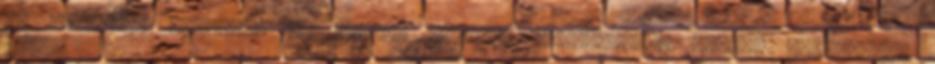
az orvoshoz fordulók kb %-ában nincsen kimutatható szervi elváltozás